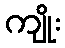
ကျိုး